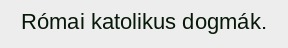
Római katolikus dogmák.